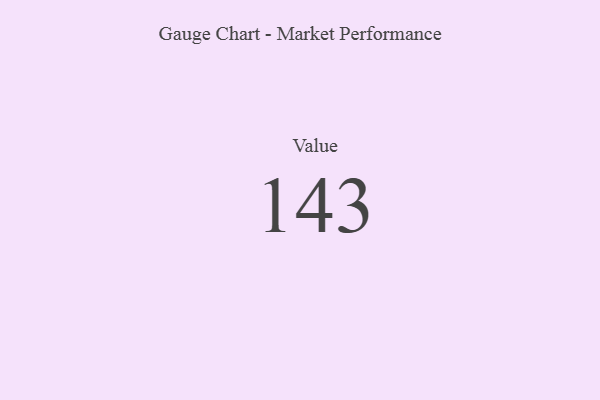
{"axis": {"x": "Metric", "y": "Value"}, "legend": [""], "data": [{"x": "Value", "y": 143, "type": ""}]}